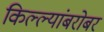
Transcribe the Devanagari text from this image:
किल्ल्यांबरोबर